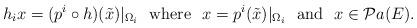
LaTeX: \begin{align*} h_ix=(p^i\circ h)(\tilde x)|_{\Omega_i} \ \ \mbox{where} \ \ x= p^i(\tilde x)|_{\Omega_i} \ \ \mbox{and} \ \ x\in\mathcal Pa(E). \end{align*}